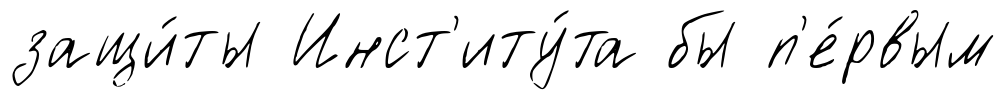
защи́ты Инст'иту́та бы п'е́рвым